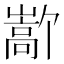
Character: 𫶜